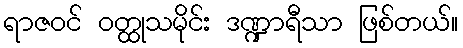
ရာဇဝင် ဝတ္ထုသမိုင်း ဒဏ္ဍာရီသာ ဖြစ်တယ်။